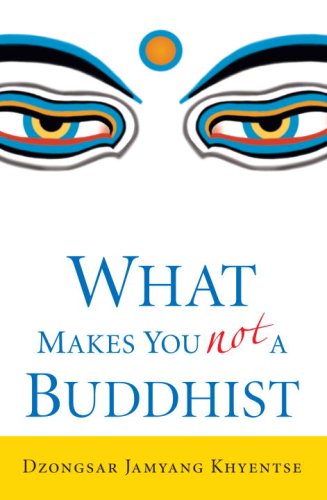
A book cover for What Makes You Not a Buddhist; Dzongsar Jamyang Khyentse; Religion & Spirituality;